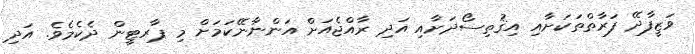
ވަޒީފާދޭ ފަރާތްތަކަށާއި އިޤުތިސޯދަށާއި އަދި ރާއްޖެއަށް އަންނާނޭކަމަށް މި ޕާރޓީން ދެކެމެވެ. އަދި